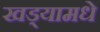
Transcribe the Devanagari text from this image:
खड्यामधे